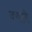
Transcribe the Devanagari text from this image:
ज्यांने